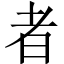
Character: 者